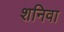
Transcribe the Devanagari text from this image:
शनिवा